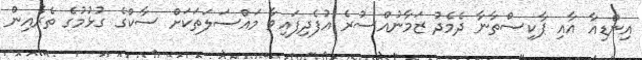
އިންޑިއާ އާއި ޕާކިސްތާނާ ދެމެދު ޒަމާނުއްސުރެ އުފެދިފައިވާ މައްސަލަތަކަށް ސާކްގެ ގުޅުމުގެ ތެރެއިން